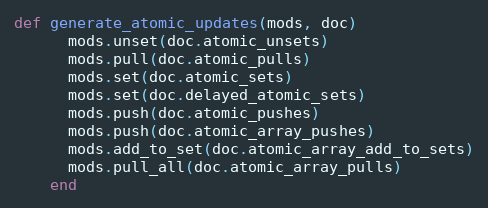
Language: Ruby
def generate_atomic_updates(mods, doc)
      mods.unset(doc.atomic_unsets)
      mods.pull(doc.atomic_pulls)
      mods.set(doc.atomic_sets)
      mods.set(doc.delayed_atomic_sets)
      mods.push(doc.atomic_pushes)
      mods.push(doc.atomic_array_pushes)
      mods.add_to_set(doc.atomic_array_add_to_sets)
      mods.pull_all(doc.atomic_array_pulls)
    end